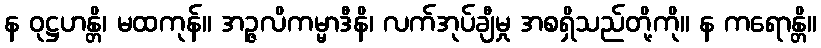
န ဝုဋ္ဌဟန္တိ၊ မထကုန်။ အဉ္ဇလိကမ္မာဒီနိ၊ လက်အုပ်ချီမှု အစရှိသည်တို့ကို။ န ကရောန္တိ။